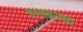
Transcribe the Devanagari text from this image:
हस्तकलाएं